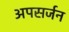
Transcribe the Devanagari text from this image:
अपसर्जन